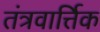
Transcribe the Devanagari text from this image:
तंत्रवार्त्तिक